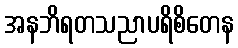
အနဘိရတသညာပရိစိတေန